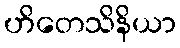
ဟိတေသိနိယာ